Report of the Indian Hemp Drugs Commission, 1894-1895 - Volume VIII
Year: 1894
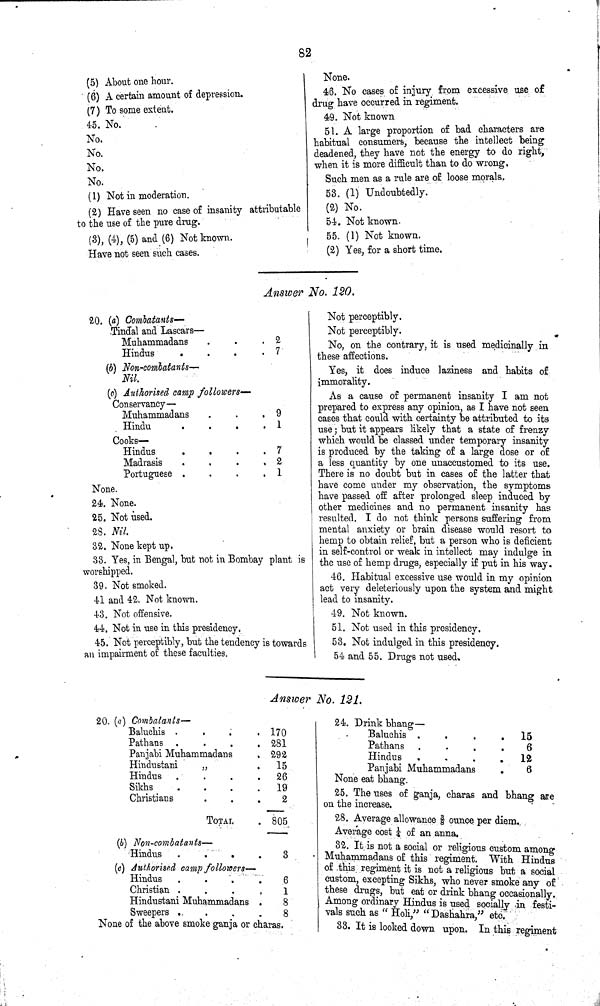
82
(5) About one hour.
(6) A certain amount of depression.
(7) To some extent.
45. No.
No.
No.
No.
No.
(1) Not in moderation.
(2) Have seen no case of insanity attributable
to the use of the pure drug.
(3), (4), (5) and (6) Not known.
Have not seen such cases.
None.
46. No cases of injury, from excessive use of
drug have occurred in regiment.
49. Not known
51. A large proportion of bad characters are
habitual consumers, because the intellect being
deadened, they have not the energy to do right,
when it is more difficult than to do wrong.
Such men as a rule are of loose morals,
53. (l) Undoubtedly.
(2) No.
54. Not known.
55. (1) Not known.
(2) Yes, for a short time.
Answer No. 120.
20. (a) Combatants—
Tindal and Lascars—
Muhammadans
2
Hindus
7
(b)
Non-combatants-
Nil.
(c) Authorised camp followers—
Conservancy—
Muhammadans
9
Hindu
1
Cooks—
Hindus
7
Madrasis
2
Portuguese
1
None.
24. None.
25. Not used.
28. Nil.
32. None kept up.
33. Yes, in Bengal, but not in Bombay plant is
worshipped.
39. Not smoked.
41 and 42. Not known.
43. Not offensive.
44. Not in use in this presidency.
45. Not perceptibly, but the tendency is towards
an impairment of these faculties.
Not perceptibly.
Not perceptibly.
No, on the contrary, it is used medicinally in
these affections.
Yes, it does induce laziness and habits of
immorality.
As a cause of permanent insanity I am not
prepared to express any opinion, as I have not seen
cases that could with certainty be attributed to its
use; but it appears likely that a state of frenzy
which would be classed under temporary insanity
is produced by the taking of a large dose or of
a less quantity by one unaccustomed to its use.
There is no doubt but in cases of the latter that
have come under my observation, the symptoms
have passed off after prolonged sleep induced by
other medicines and no permanent insanity has
resulted. I do not think persons suffering from
mental anxiety or brain disease would resort to
hemp to obtain relief, but a person who is deficient
in self-control or weak in intellect may indulge in
the use of hemp drugs, especially if put in his way.
46. Habitual excessive use would in my opinion
act very deleteriously upon the system and might
lead to insanity.
49. Not known.
51. Not used in this presidency.
53. Not indulged in this presidency.
54 and 55. Drugs not used.
Answer No. 121.
20. (a)
Combatants—
Baluchis
170
Pathans
281
Panjabi Muhammadans
292
Hindustani
"
15
Hindus
26
Sikhs
19
Christians
2
TOTAL
805
(b)
Non-combatants—
Hindus
3
(c) Authorised camp followers—
Hindus
6
Christian
1
Hindustani Muhammadans
8
Sweepers
8
None of the above smoke ganja or charas.
24. Drink bhang—
Baluchis
15
Pathans
6
Hindus
12
Panjabi Muhammadans
6
None eat bhang.
25. The uses of ganja, charas and bhang are
on the increase.
28. Average allowance 3/8 ounce per diem.
Average cost 1/4 of an anna.
32. It is not a social or religious custom among
Muhammadans of this regiment. With Hindus
of this regiment it is not a religious but a social
custom, excepting Sikhs, who never smoke any of
these drugs, but eat or drink bhang occasionally.
Among ordinary Hindus is used socially in festi-
vals such as "Holi," "Dashahra," etc.
33. It is looked down upon. In this regiment